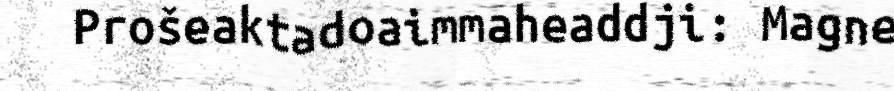
Prošeaktadoaimmaheaddji: Magne